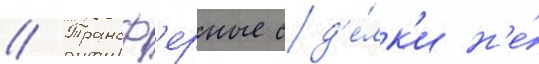
// Трансф'ерные сд'е́лк'и н'е́